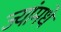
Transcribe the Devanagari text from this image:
ज्यांमधे